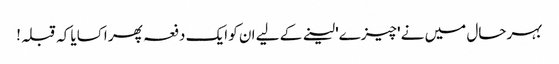
بہرحال میں نے 'چیزے' لینے کے لیے ان کو ایک دفعہ پھر اکسایا کہ قبلہ!